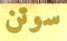
سوتن